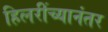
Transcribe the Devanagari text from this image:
हिलरींच्यानंतर